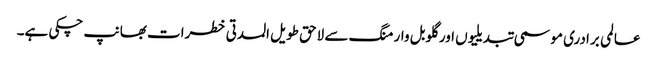
عالمی برادری موسمی تبدیلیوں اور گلوبل وارمنگ سے لاحق طویل المدتی خطرات بھانپ چکی ہے۔